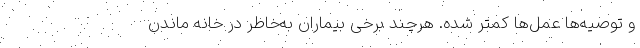
و توصیه‌ها عمل‌ها کمتر شده. هرچند برخی بیماران به‌خاطر در خانه ماندن